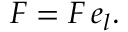
\boldsymbol { F } = F \, \boldsymbol { e } _ { l } .